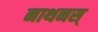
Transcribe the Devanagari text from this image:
नाथनस्